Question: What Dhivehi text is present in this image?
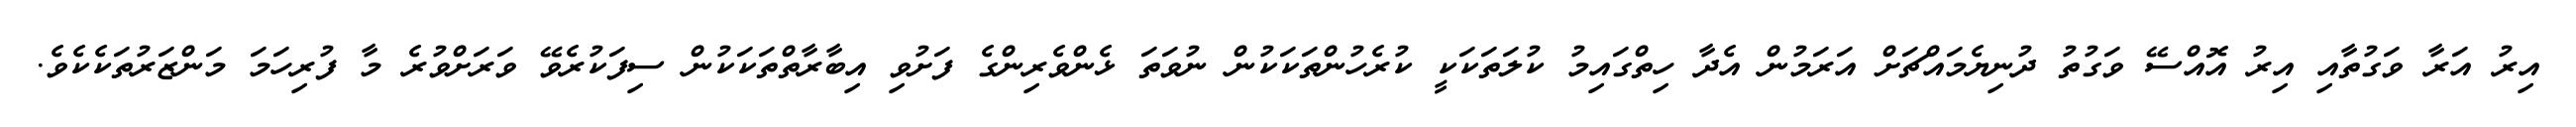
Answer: އިރު އަރާ ވަގުތާއި އިރު އޮއްސޭ ވަގުތު ދުނިޔެމައްޗަށް އަރަމުން އެދާ ހިތްގައިމު ކުލަތަކަކީ ކުރެހުންތަކަކުން ނުވަތަ ޅެންވެރިންގެ ފަށުވި އިބާރާތްތަކަކުން ސިފަކުރެވޭ ވަރަށްވުރެ މާ ފުރިހަމަ މަންޒަރުތަކެކެވެ.